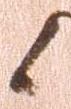
候